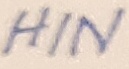
Text: HIN